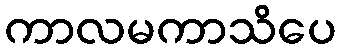
ကာလမကာသိပေ